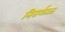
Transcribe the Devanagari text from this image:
निसर्गतज्ज्ञ